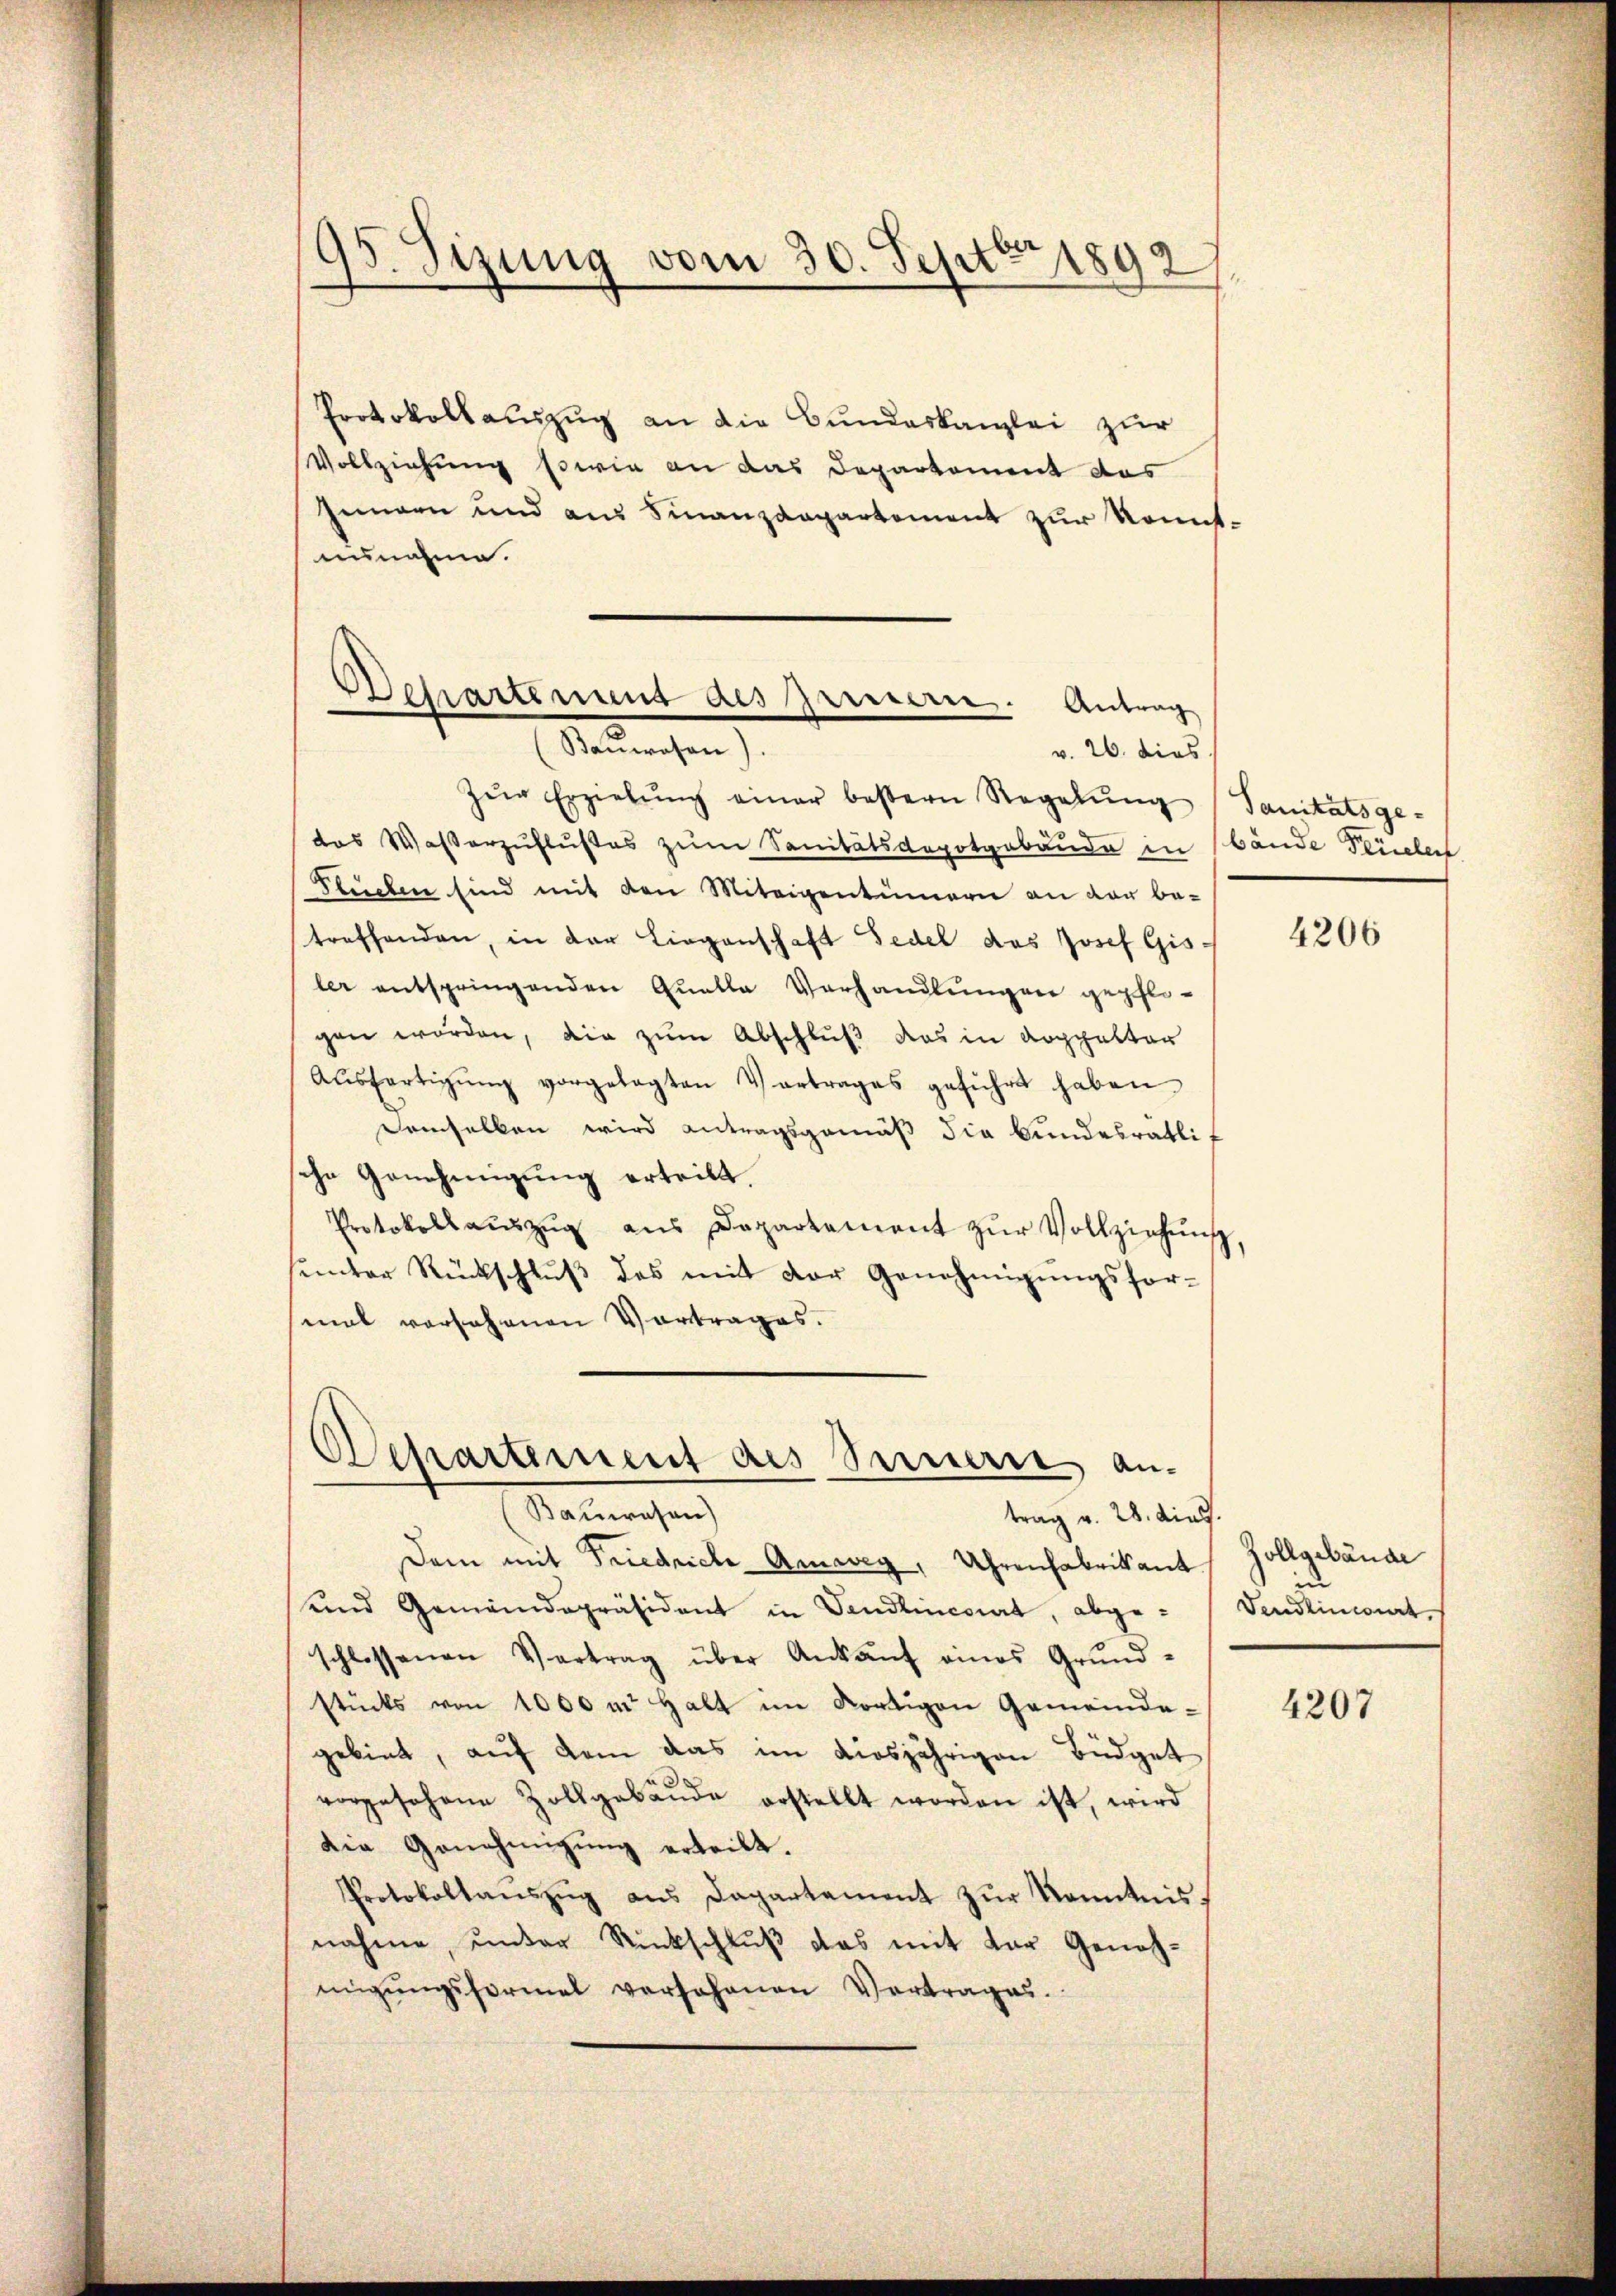
95. Sizung vom 30. Septbr 1892

Protokollauszug an die Bundeskanzlei zur
Vollziehung sowie an das Departement das
Innern und aus Finanzdepartement zur konnt
unnahme.
zŭr Erzielŭng einer bestern Regelŭng
das Wasserzuflußes zum Sanitätsdepotgebäude in
Stuchen sind mit den Miteigentümern an der be-
treffenden, in der Liegenschaft Fedel das Josef Gisler entspringenden Quelle Verhandlungen gepflo-
gen worden, die zum Abschluß das in Koppelter
Aŭsfertigŭng vorgelegten Vertrages geführt haben
demselben wird antragsgemäß die bundesrätli
sche Genehmigung erteilt.
Protokoll aŭszŭg aŭs Departement zŭr Vollziehŭng
unter Rückschluß des mit der Genehmigungsfor-
mal vorsehenen Vortrages.
Separtement des Bernere an¬
Bauwesen)
trag v. 28. dies
Dei mit Friedriche Anweg, Uhrenfabrikant.
und Gemeindepräsident in Vendlinciat, abgeschlossenen Vertrag über Ankaŭf eines Grŭnd-
stücks von 1000 m Halt im dortigen Gemeinde-
gebiet, aŭf dem das im diesjährigen Büdget
vorgesehene Zollgebäŭde erstellt worden ist, wird
die Genehmigŭng erteilt.
Protokollanszŭg aŭs Dapartement zŭr Kenntnis
nahme, unter Rückschlŭβ das mit der Geneh-
migŭngsformel versohanen Vertrages.

Departement des Prinnern. Antrag
Banwesen).
v. 26. dies

Sanitätsge-
bände Percelen

4206

Zollgebäude
in
Fendrinciert,

4207